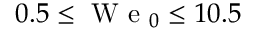
0 . 5 \le \mathrm { ~ W ~ e ~ } _ { 0 } \le 1 0 . 5